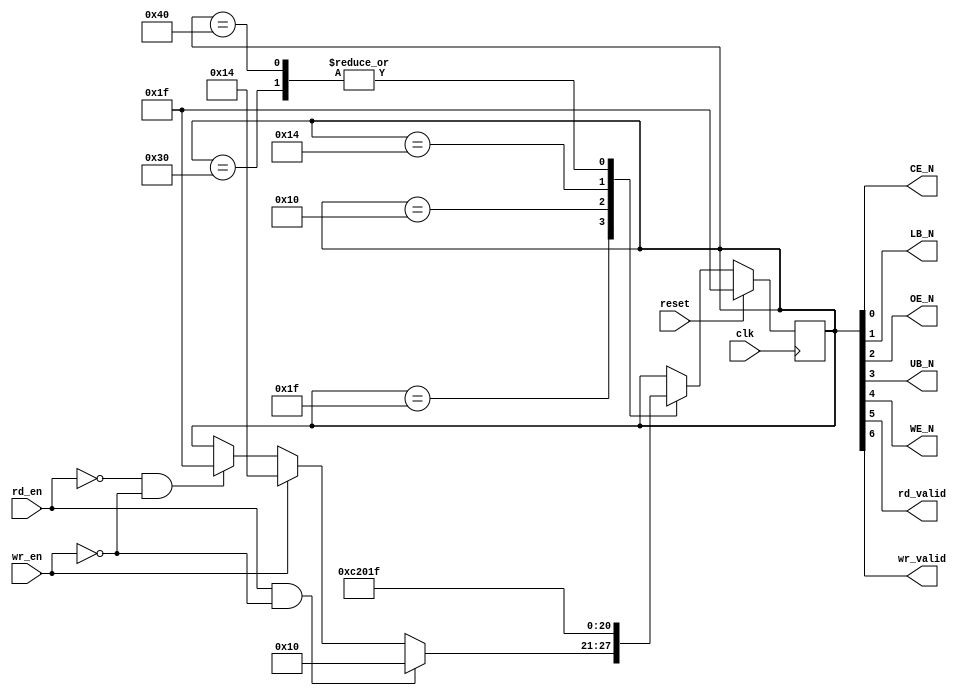

// Created by fizzim.pl version 5.10 on 2016:08:16 at 15:06:16 (www.fizzim.com)

module sram_fsm (
  output wire CE_N,
  output wire LB_N,
  output wire OE_N,
  output wire UB_N,
  output wire WE_N,
  output wire rd_valid,
  output wire wr_valid,
  input wire clk,
  input wire rd_en,
  input wire reset,
  input wire wr_en 
);

  // state bits
  parameter 
  IDLE     = 7'b0011111, // wr_valid=0 rd_valid=0 WE_N=1 UB_N=1 OE_N=1 LB_N=1 CE_N=1 
  READ     = 7'b0010000, // wr_valid=0 rd_valid=0 WE_N=1 UB_N=0 OE_N=0 LB_N=0 CE_N=0 
  READ_OK  = 7'b0110000, // wr_valid=0 rd_valid=1 WE_N=1 UB_N=0 OE_N=0 LB_N=0 CE_N=0 
  WRITE    = 7'b0010100, // wr_valid=0 rd_valid=0 WE_N=1 UB_N=0 OE_N=1 LB_N=0 CE_N=0 
  WRITE_OK = 7'b1000000; // wr_valid=1 rd_valid=0 WE_N=0 UB_N=0 OE_N=0 LB_N=0 CE_N=0 

  reg [6:0] state;
  reg [6:0] nextstate;

  // comb always block
  always @* begin
    // Warning I2: Neither implied_loopback nor default_state_is_x attribute is set on state machine - defaulting to implied_loopback to avoid latches being inferred 
    nextstate = state; // default to hold value because implied_loopback is set
    case (state)
      IDLE    : begin
        // Warning P3: State IDLE has multiple exit transitions, and transition trans0 has no defined priority 
        // Warning P3: State IDLE has multiple exit transitions, and transition trans3 has no defined priority 
        // Warning P3: State IDLE has multiple exit transitions, and transition trans6 has no defined priority 
        if (rd_en && ~wr_en) begin
          nextstate = READ;
        end
        else if (wr_en) begin
          nextstate = WRITE;
        end
        else if (~rd_en && ~wr_en) begin
          nextstate = IDLE;
        end
      end
      READ    : begin
        begin
          nextstate = READ_OK;
        end
      end
      READ_OK : begin
        begin
          nextstate = IDLE;
        end
      end
      WRITE   : begin
        begin
          nextstate = WRITE_OK;
        end
      end
      WRITE_OK: begin
        begin
          nextstate = IDLE;
        end
      end
    endcase
  end

  // Assign reg'd outputs to state bits
  assign CE_N = state[0];
  assign LB_N = state[1];
  assign OE_N = state[2];
  assign UB_N = state[3];
  assign WE_N = state[4];
  assign rd_valid = state[5];
  assign wr_valid = state[6];

  // sequential always block
  always @(posedge clk) begin
    if (reset)
      state <= IDLE;
    else
      state <= nextstate;
  end

  // This code allows you to see state names in simulation
  `ifndef SYNTHESIS
  reg [63:0] statename;
  always @* begin
    case (state)
      IDLE    :
        statename = "IDLE";
      READ    :
        statename = "READ";
      READ_OK :
        statename = "READ_OK";
      WRITE   :
        statename = "WRITE";
      WRITE_OK:
        statename = "WRITE_OK";
      default :
        statename = "XXXXXXXX";
    endcase
  end
  `endif

endmodule